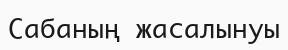
Сабаның жасалынуы